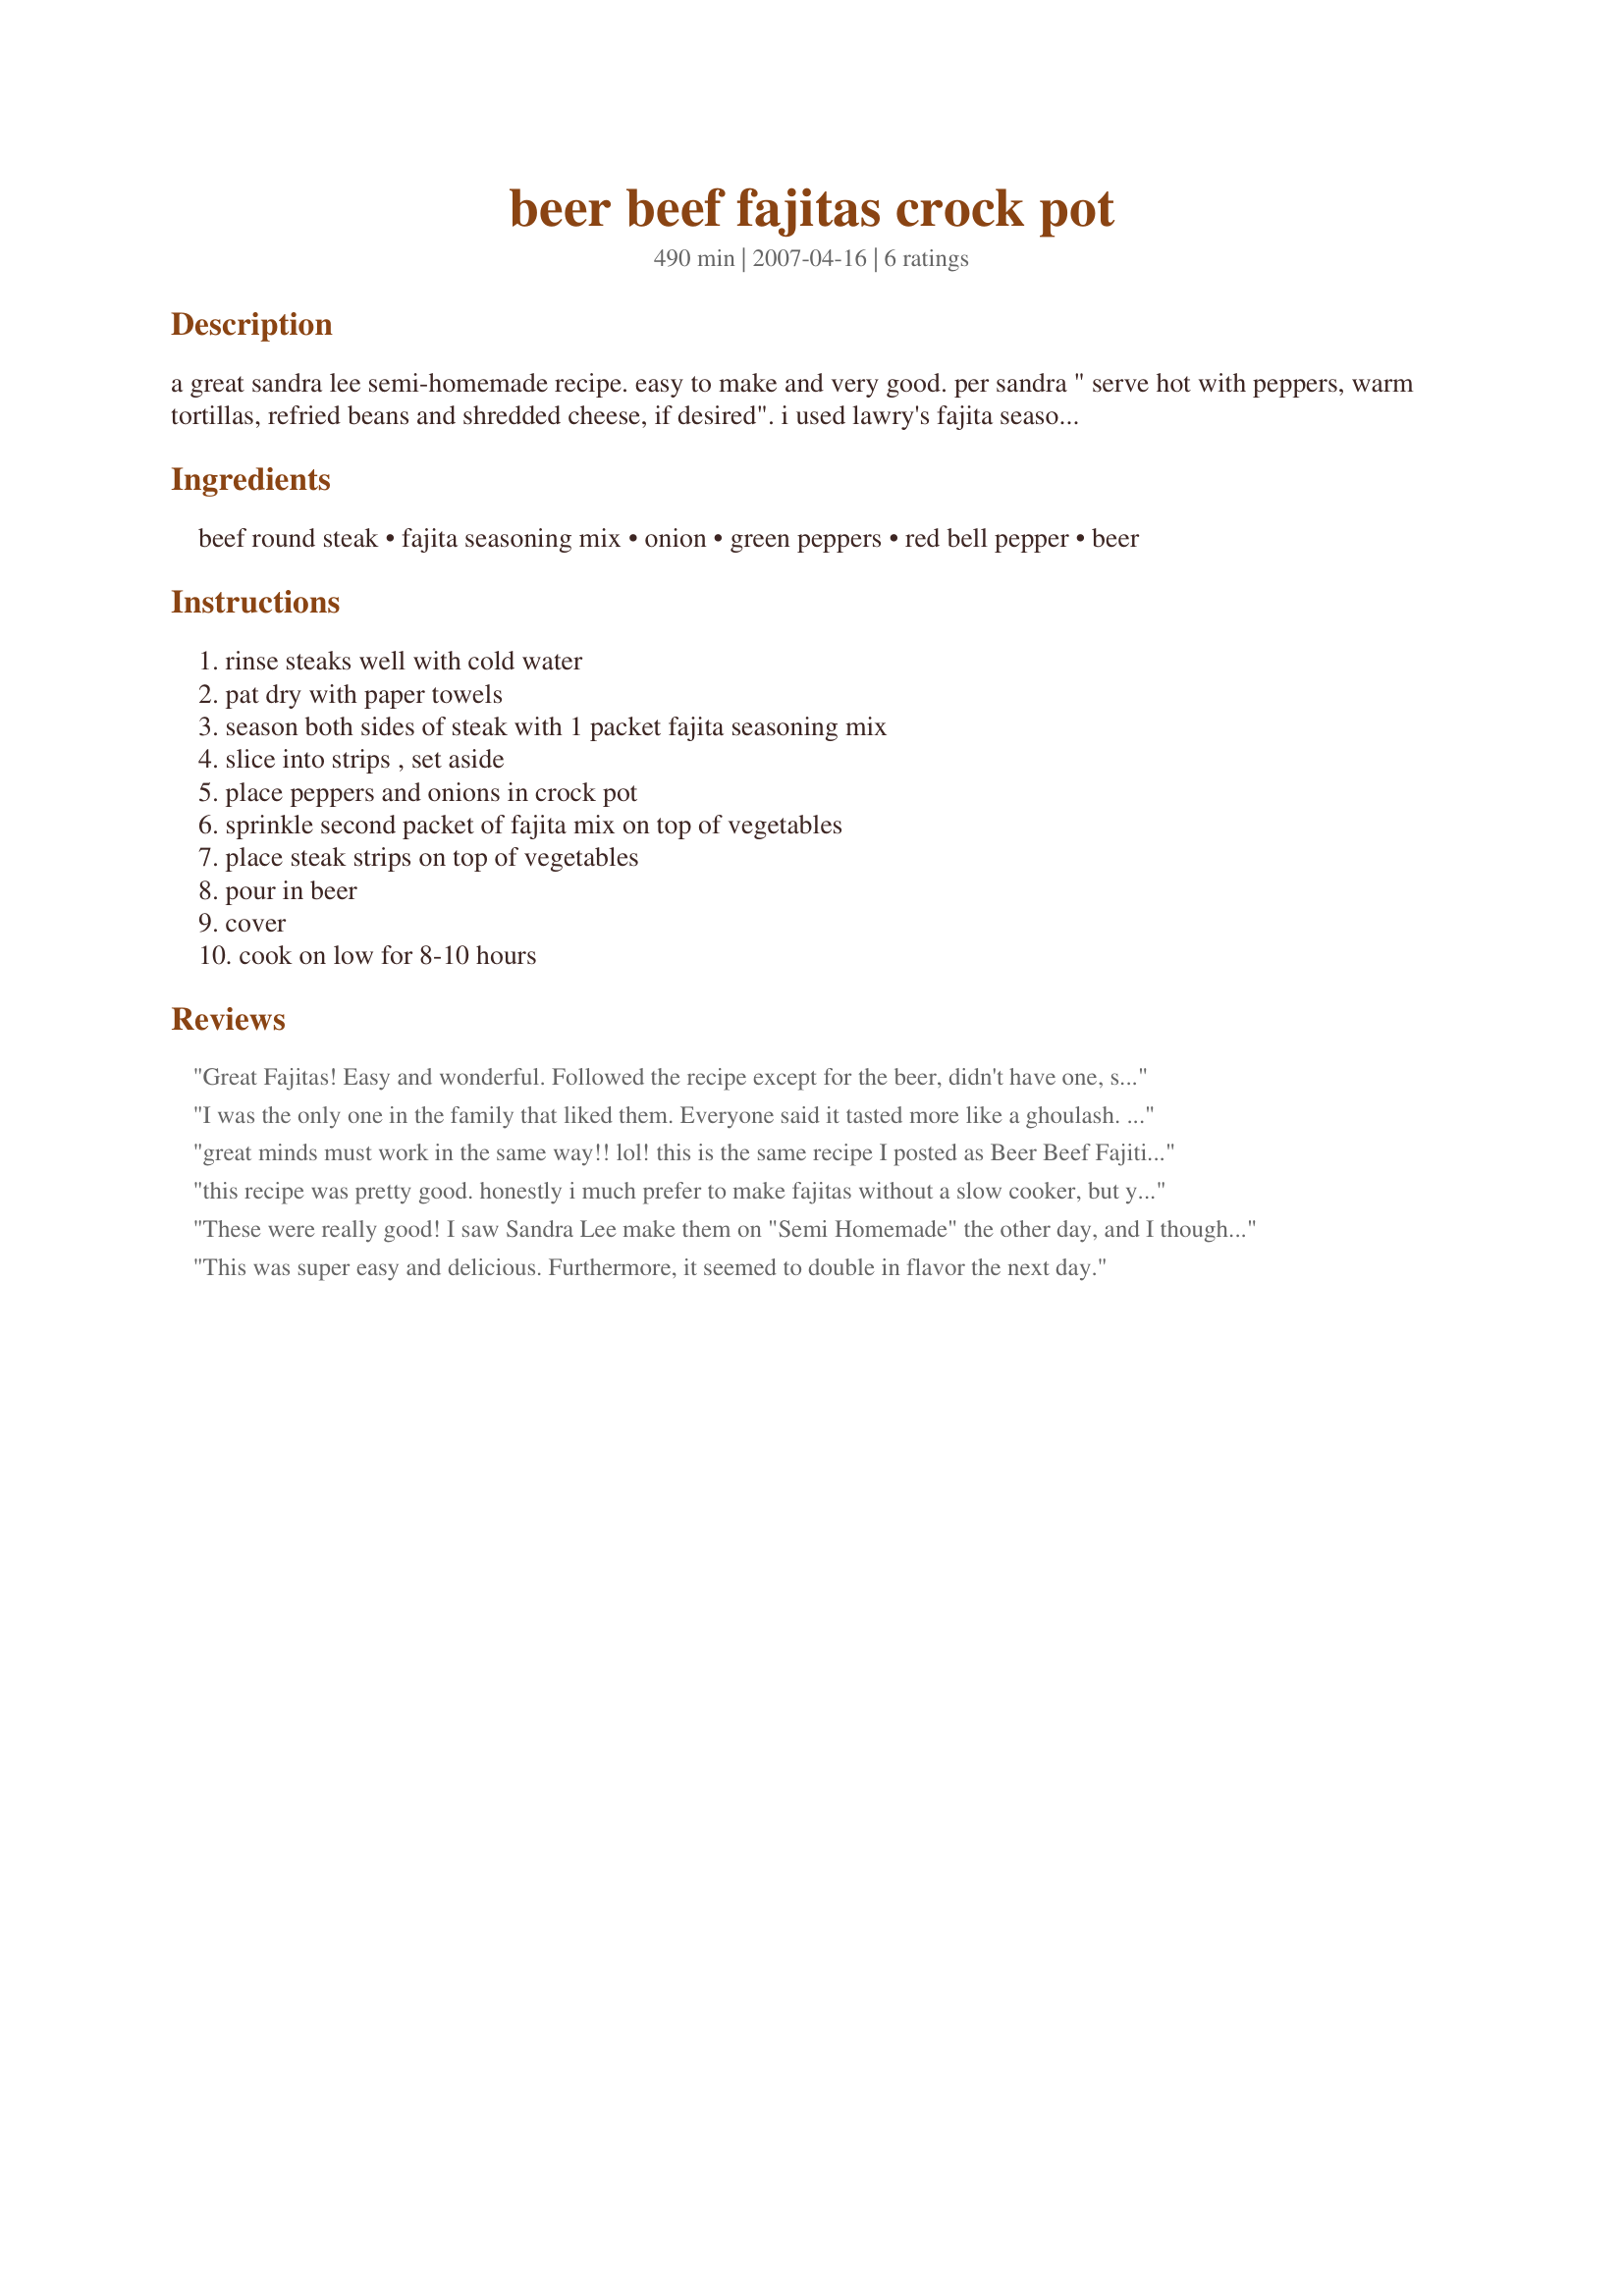
beer beef fajitas crock pot
Preparation time: 490 minutes

a great sandra lee semi-homemade recipe. easy to make and very good. per sandra " serve hot with peppers, warm tortillas, refried beans and shredded cheese, if desired". i used lawry's fajita seasoning mix( 1.27 ounce size)

Ingredients:
beef round steak, fajita seasoning mix, onion, green peppers, red bell pepper, beer

Steps:
rinse steaks well with cold water, pat dry with paper towels, season both sides of steak with 1 packet fajita seasoning mix, slice into strips , set aside, place peppers and onions in crock pot, sprinkle second packet of fajita mix on top of vegetables, place steak strips on top of vegetables, pour in beer, cover, cook on low for 8-10 hours

Reviews:
Great Fajitas! Easy and wonderful. Followed the recipe except for the beer, didn't have one, still great! Served it with pico de galle recipe 16101 and mexican black bean recipe 179877. Since I have foound these recipes we have added mexican night to our dinner menu. Thanks so much for posting.
I was the only one in the family that liked them. Everyone said it tasted more like a ghoulash. 
Stull yummy! Will make again
great minds must work in the same way!! lol! this is the same recipe I posted as Beer Beef Fajitias. This is so easy and does not taste like it is! I found that is even OK for company(unexpected guests) Sandra Lee's recipes are always good and easy!!!
this recipe was pretty good. honestly i much prefer to make fajitas without a slow cooker, but you can't go wrong with a meal that's ready for you when you walk in the door.
These were really good! I saw Sandra Lee make them on "Semi Homemade" the other day, and I thought it was a great idea for a weeknight dinner. I wasn't sure what to expect from them, as I have never made any sort of mexican tortilla "filling" in a crockpot before, but this was really good! Thank you!
This was super easy and delicious. Furthermore, it seemed to double in flavor the next day.
